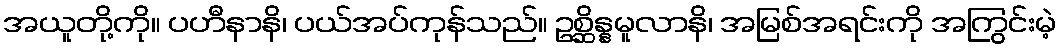
အယူတို့ကို။ ပဟီနာနိ၊ ပယ်အပ်ကုန်သည်။ ဥစ္ဆိန္နမူလာနိ၊ အမြစ်အရင်းကို အကြွင်းမဲ့